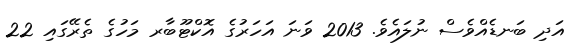
އަދި ބަނޑެއްވެސް ނުލައެވެ. 2013 ވަނަ އަހަރުގެ އޮކްޓޫބާރ މަހުގެ ތެރޭގައި 22